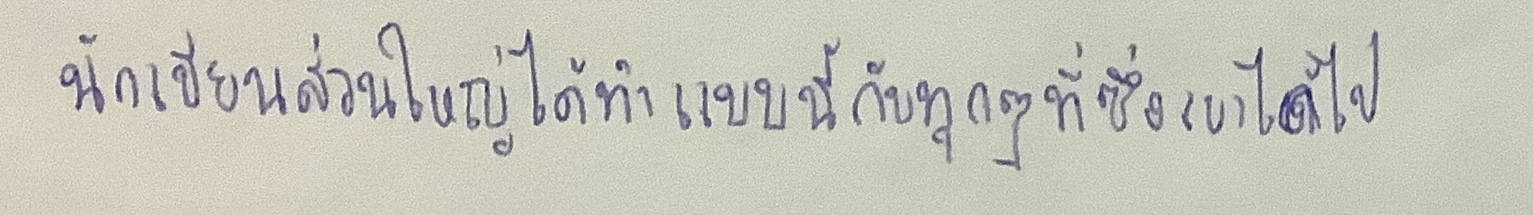
นักเขียนส่วนใหญ่ได้ทำแบบนี้กับทุกๆที่ซึ่งเขาได้ไป